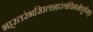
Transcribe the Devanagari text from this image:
भा्रतरंभखिलशास्त्रविमर्शपूर्णम्।।